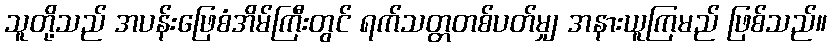
သူတို့သည် အပန်းဖြေစံအိမ်ကြီးတွင် ရက်သတ္တတစ်ပတ်မျှ အနားယူကြမည် ဖြစ်သည်။